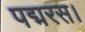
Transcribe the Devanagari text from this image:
पद्मरस।